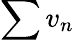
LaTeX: \sum v_{n}